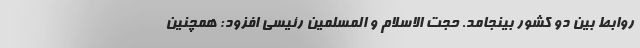
روابط بین دو کشور بینجامد. حجت الاسلام و المسلمین رئیسی افزود: همچنین